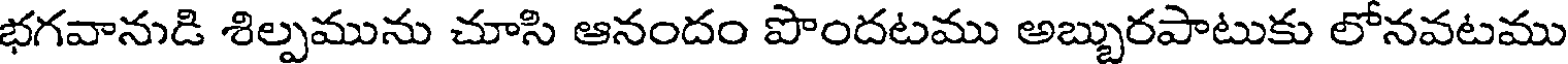
భగవానుడి శిల్పమును చూసి ఆనందం పొందటము అబ్బురపాటుకు లోనవటము